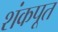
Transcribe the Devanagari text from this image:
शंकपूत